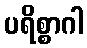
ပရိစ္စာဂါ